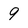
Character: 9